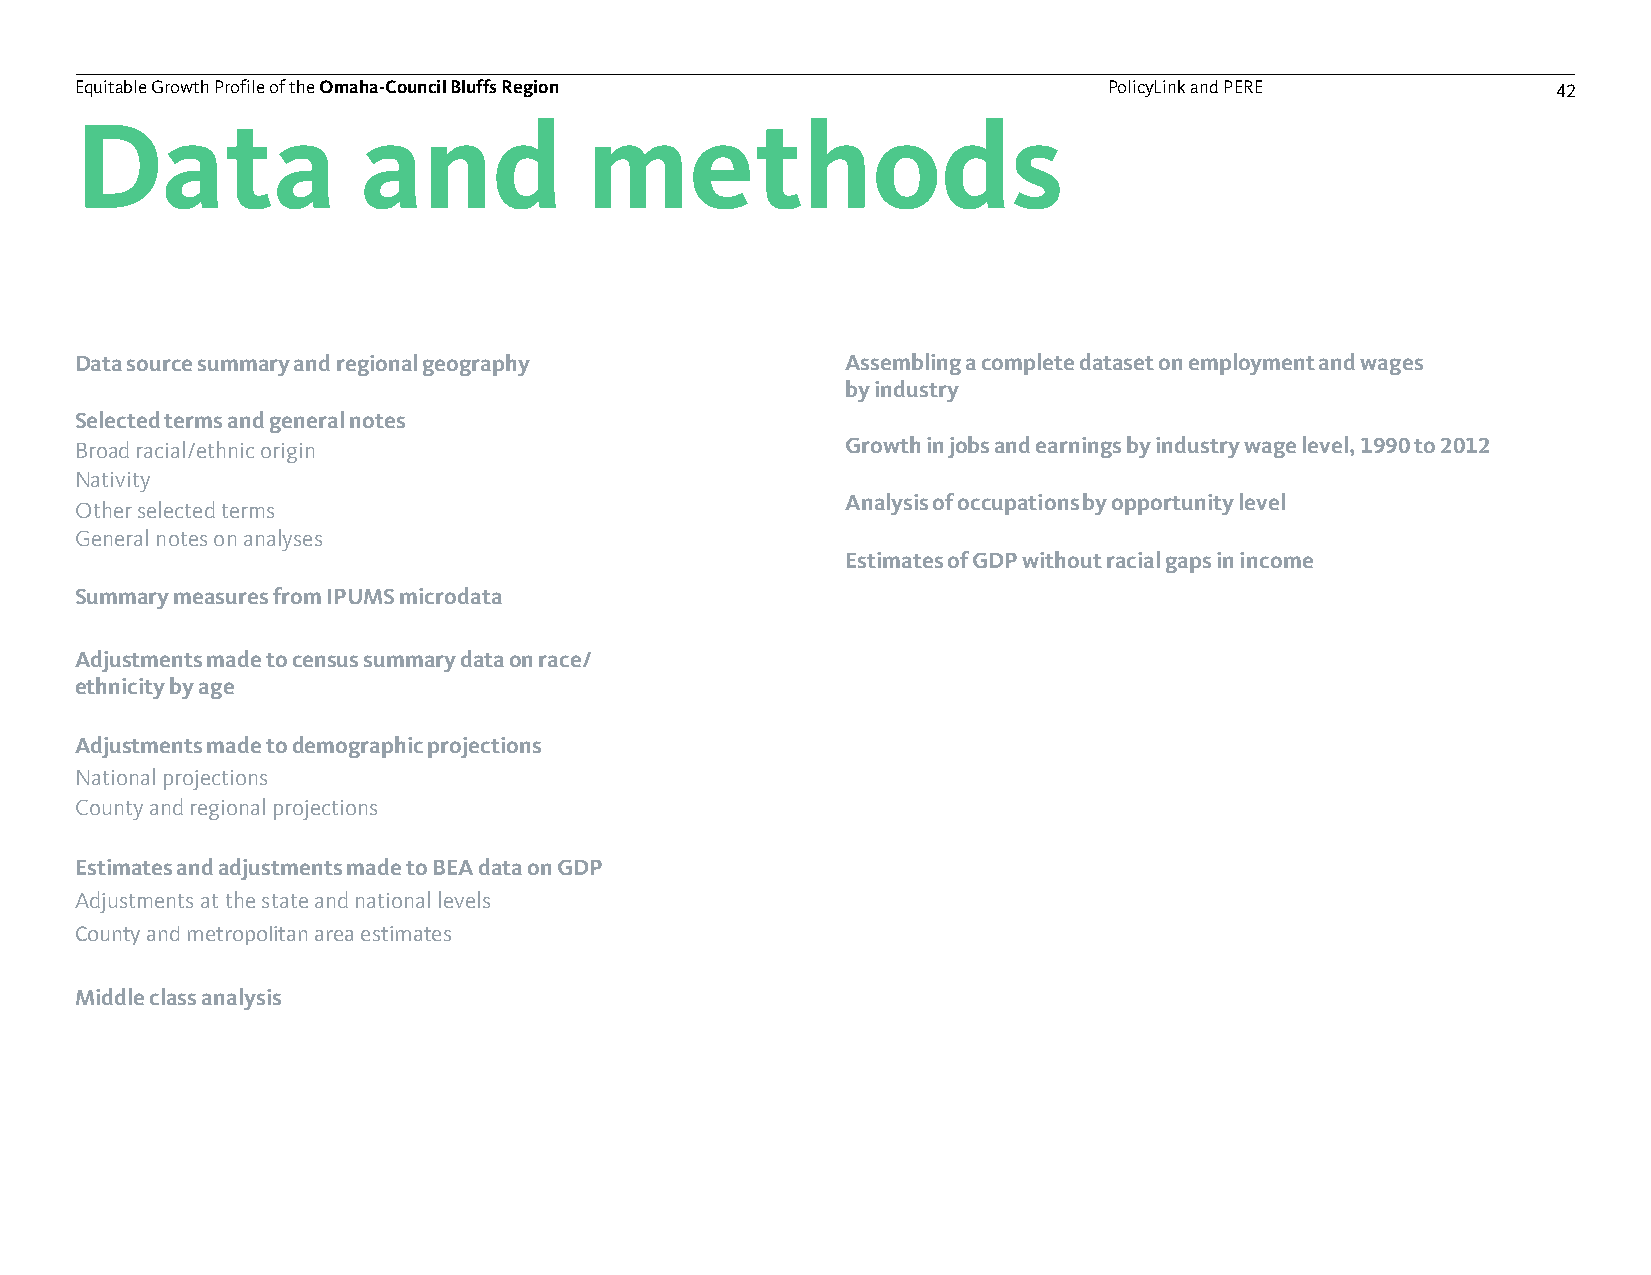
Equitable Growth Profile of theOmaha-Council Bluffs Region          PolicyLink and PERE           42
 Data               and            methods
 Data source summary and regional geography         Assembling a complete dataset on employment and wages
 by industry
 Selected terms and general notes
 Broad racial/ethnic origin                         Growth in jobs and earnings by industry wage level, 1990 to 2012
 Nativity
 Analysis of occupations by opportunity level
 Other selected terms
 General notes on analyses
 Estimates of GDP without racial gaps in income
 Summary measures from IPUMS microdata
 Adjustments made to census summary data on race/
 ethnicity by age
 Adjustments made to demographic projections
 National projections
 County and regional projections
 Estimates and adjustments made to BEA data on GDP
 Adjustments at the state and national levels
 County and metropolitan area estimates
 Middle class analysis